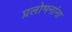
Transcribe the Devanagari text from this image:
प्रलोभनांना